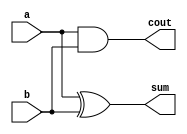
// **********************************
// A simple structual half-adder
// by: Ryan Thompson
// **********************************

module half_adder( cout, sum, a, b );
output sum, cout;
input  a, b;

xor X01( sum, a, b );
and A1( cout, a, b );

endmodule